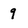
Character: 9